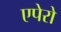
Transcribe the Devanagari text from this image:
एपेरो